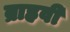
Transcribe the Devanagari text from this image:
ब्राहवी